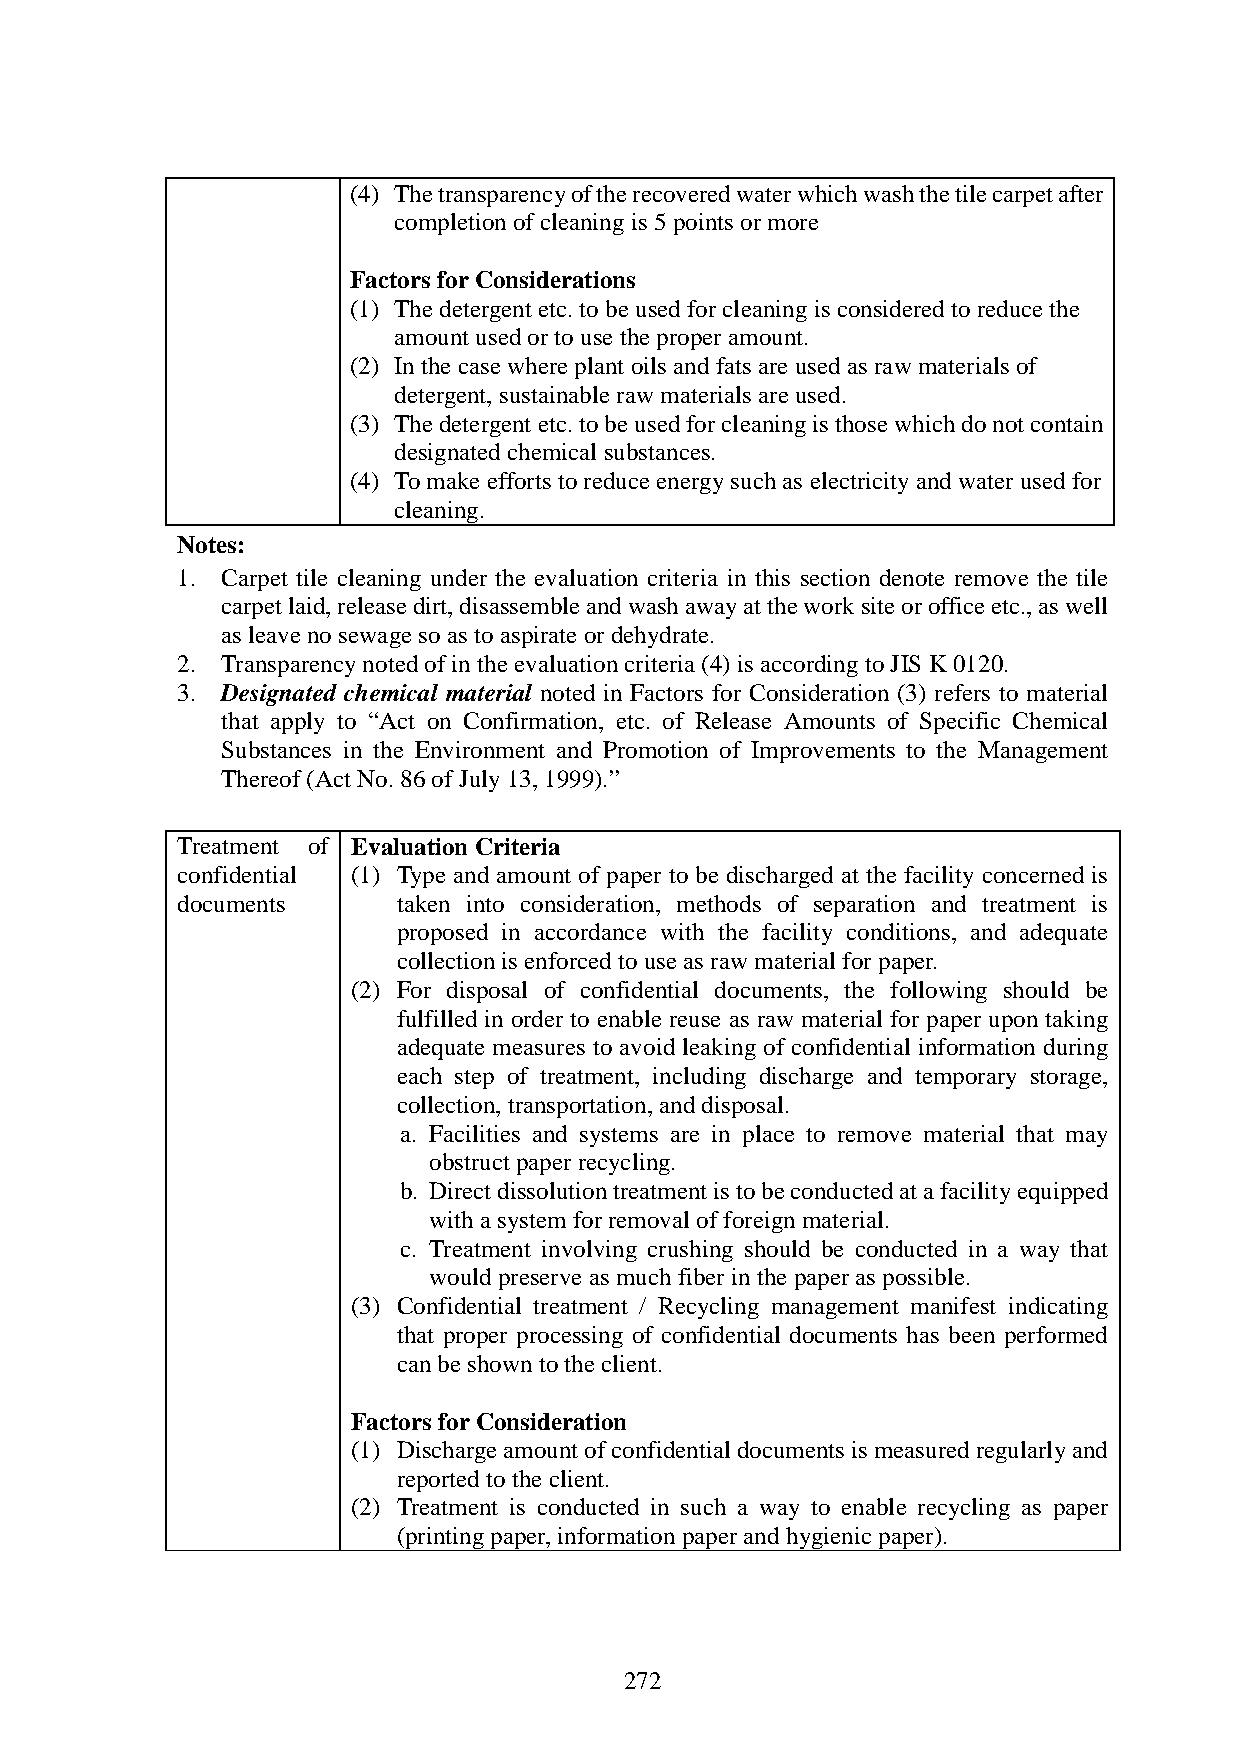
(4) The transparency of the recovered water which wash the tile carpet after
 completion of cleaning is 5 points or more
 Factors for Considerations
 (1) The detergent etc. to be used for cleaning is considered to reduce the
 amount used or to use the proper amount.
 (2) In the case where plant oils and fats are used as raw materials of
 detergent, sustainable raw materials are used.
 (3) The detergent etc. to be used for cleaning is those which do not contain
 designated chemical substances.
 (4) To make efforts to reduce energy such as electricity and water used for
 cleaning.
 Notes:
 1. Carpet tile cleaning under the evaluation criteria in this section denote remove the tile
 carpet laid, release dirt, disassemble and wash away at the work site or office etc., as well
 as leave no sewage so as to aspirate or dehydrate.
 2. Transparency noted of in the evaluation criteria (4) is according to JIS K 0120.
 3. Designated chemical material noted in Factors for Consideration (3) refers to material
 that apply to “Act on Confirmation, etc. of Release Amounts of Specific Chemical
 Substances in the Environment and Promotion of Improvements to the Management
 Thereof (Act No. 86 of July 13, 1999).”
 Treatment of Evaluation Criteria
 confidential (1) Type and amount of paper to be discharged at the facility concerned is
 documents     taken into consideration, methods of separation and treatment is
 proposed in accordance with the facility conditions, and adequate
 collection is enforced to use as raw material for paper.
 (2) For disposal of confidential documents, the following should be
 fulfilled in order to enable reuse as raw material for paper upon taking
 adequate measures to avoid leaking of confidential information during
 each step of treatment, including discharge and temporary storage,
 collection, transportation, and disposal.
 a. Facilities and systems are in place to remove material that may
 obstruct paper recycling.
 b. Direct dissolution treatment is to be conducted at a facility equipped
 with a system for removal of foreign material.
 c. Treatment involving crushing should be conducted in a way that
 would preserve as much fiber in the paper as possible.
 (3) Confidential treatment / Recycling management manifest indicating
 that proper processing of confidential documents has been performed
 can be shown to the client.
 Factors for Consideration
 (1) Discharge amount of confidential documents is measured regularly and
 reported to the client.
 (2) Treatment is conducted in such a way to enable recycling as paper
 (printing paper, information paper and hygienic paper).
 272